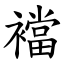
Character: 襠